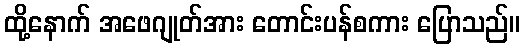
ထို့နောက် အဖေဂျုတ်အား တောင်းပန်စကား ပြောသည်။